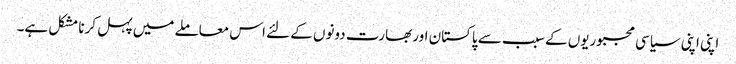
اپنی اپنی سیاسی مجبوریوں کے سبب سے پاکستان اور بھارت دونوں کے لئے اس معاملے میں پہل کرنا مشکل ہے۔